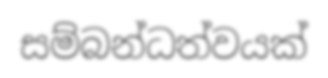
සම්බන්ධත්වයක්